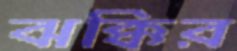
ঝক্কির